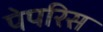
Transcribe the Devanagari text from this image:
पेपरिस